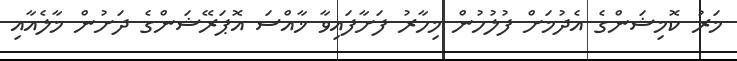
މަރު ކޮމިޝަންގެ އެދުމަށް ފުލުހުން މިހާރު ފަށާފައިވާ ޚާއްސަ އޮޕަރޭޝަންގެ ދަށުން މާލެއާއި